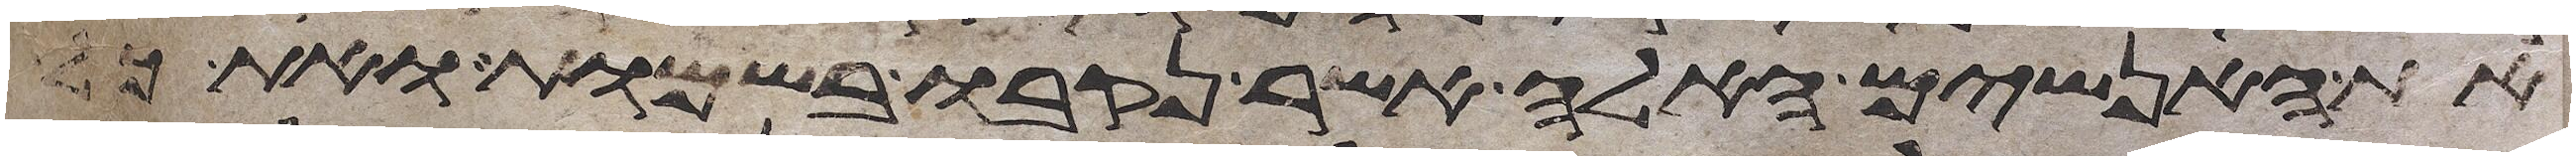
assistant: את האנשים האלה אשר נקבו בשמות ואת כל